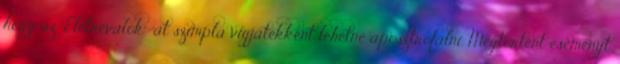
hogy az "Életrevalók"-at szimpla vígjátékként lehetne aposztrofálni. Megtörtént eseményt